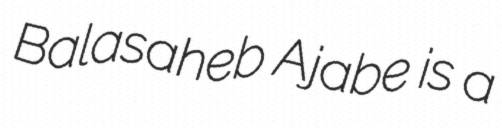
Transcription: Balasaheb Ajabe is a